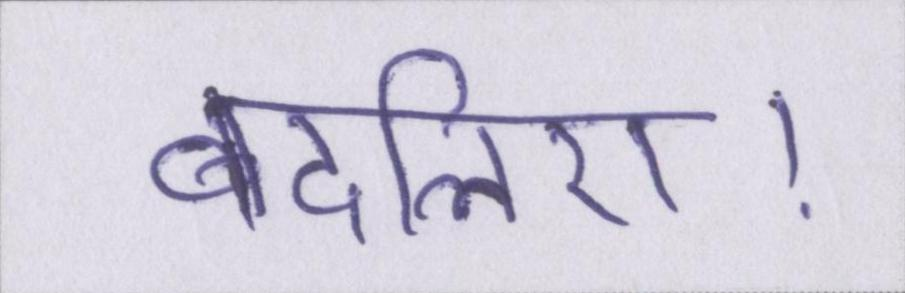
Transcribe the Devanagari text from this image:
बदलिए।